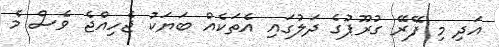
އަދި މި ފޭރޭ ގުރޫޕުގެ ދަލުގައި އެތަކެއް ބަޔަކު ޖެހިއްޖެ ވެސް މެ